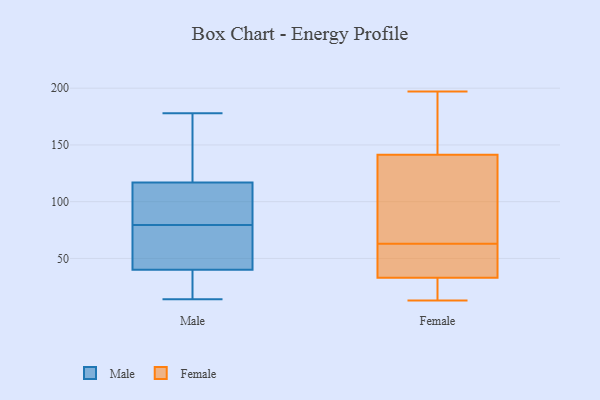
{"axis": {"x": "Headcount", "y": "Value"}, "legend": ["Female", "Male"], "data": [{"x": "", "y": 71, "type": "Male"}, {"x": "", "y": 100, "type": "Male"}, {"x": "", "y": 40, "type": "Male"}, {"x": "", "y": 168, "type": "Male"}, {"x": "", "y": 105, "type": "Male"}, {"x": "", "y": 40, "type": "Male"}, {"x": "", "y": 14, "type": "Male"}, {"x": "", "y": 58, "type": "Male"}, {"x": "", "y": 24, "type": "Male"}, {"x": "", "y": 14, "type": "Male"}, {"x": "", "y": 156, "type": "Male"}, {"x": "", "y": 90, "type": "Male"}, {"x": "", "y": 168, "type": "Male"}, {"x": "", "y": 117, "type": "Male"}, {"x": "", "y": 28, "type": "Male"}, {"x": "", "y": 87, "type": "Male"}, {"x": "", "y": 178, "type": "Male"}, {"x": "", "y": 72, "type": "Male"}, {"x": "", "y": 151, "type": "Female"}, {"x": "", "y": 52, "type": "Female"}, {"x": "", "y": 26, "type": "Female"}, {"x": "", "y": 13, "type": "Female"}, {"x": "", "y": 50, "type": "Female"}, {"x": "", "y": 81, "type": "Female"}, {"x": "", "y": 19, "type": "Female"}, {"x": "", "y": 127, "type": "Female"}, {"x": "", "y": 98, "type": "Female"}, {"x": "", "y": 66, "type": "Female"}, {"x": "", "y": 13, "type": "Female"}, {"x": "", "y": 146, "type": "Female"}, {"x": "", "y": 150, "type": "Female"}, {"x": "", "y": 59, "type": "Female"}, {"x": "", "y": 197, "type": "Female"}, {"x": "", "y": 63, "type": "Female"}, {"x": "", "y": 48, "type": "Female"}, {"x": "", "y": 28, "type": "Female"}, {"x": "", "y": 183, "type": "Female"}]}